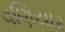
વણિયાર